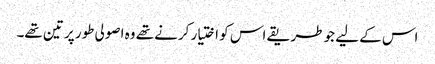
اس کے لیے جو طریقے اس کو اختیار کرنے تھے وہ اصولی طور پر تین تھے۔